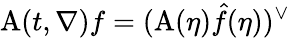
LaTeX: \mathrm{A}(t,\nabla)f=(\mathrm{A}(\eta)\hat{f}(\eta))^{\vee}